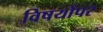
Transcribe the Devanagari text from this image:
विषयोंपर